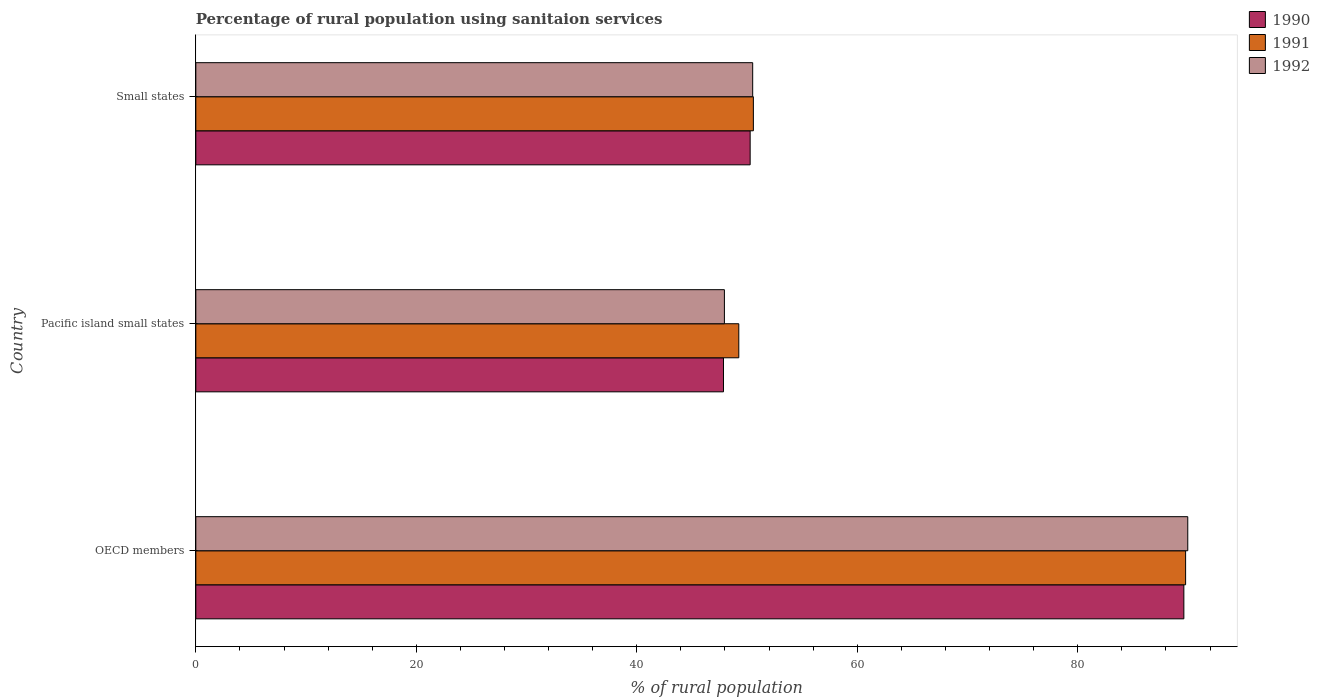
| Country | 1990 | 1991 | 1992 |
 | --- | --- | --- | --- |
 | OECD members | 89.6 | 89.8 | 90 |
 | Pacific island small states | 47.9 | 49.3 | 47.9 |
 | Small states | 50.3 | 50.6 | 50.5 |